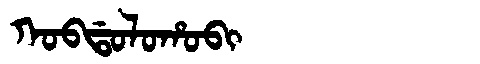
Manchu: ᡴᠣᠪᡩᠣᠯᠣᡥᠣᠪᡳ
Romanization: KOBDOLOHOBI